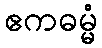
ဧကဓမ္မံ